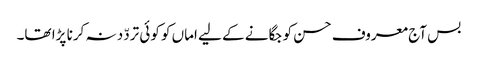
بس آج معروف حسن کو جگانے کے لیے اماں کو کوئی تردّد نہ کرنا پڑا تھا۔